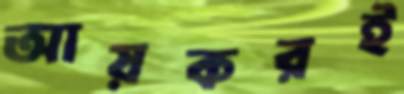
আয়করই